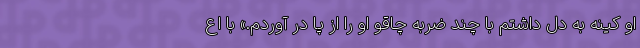
او کینه به دل داشتم با چند ضربه چاقو او را از پا در آوردم.» با اع